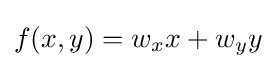
f(x,y)=w_{x}x+w_{y}y